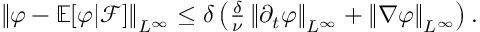
\begin{array} { r } { \left\lVert \varphi - \mathbb E [ \varphi | \mathcal F ] \right\rVert _ { L ^ { \infty } } \le \delta \left( \frac \delta \nu \left\lVert \partial _ { t } \varphi \right\rVert _ { L ^ { \infty } } + \left\lVert \nabla \varphi \right\rVert _ { L ^ { \infty } } \right) . } \end{array}